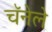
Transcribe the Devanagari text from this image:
चॅनेले